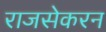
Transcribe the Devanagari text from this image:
राजसेकरन